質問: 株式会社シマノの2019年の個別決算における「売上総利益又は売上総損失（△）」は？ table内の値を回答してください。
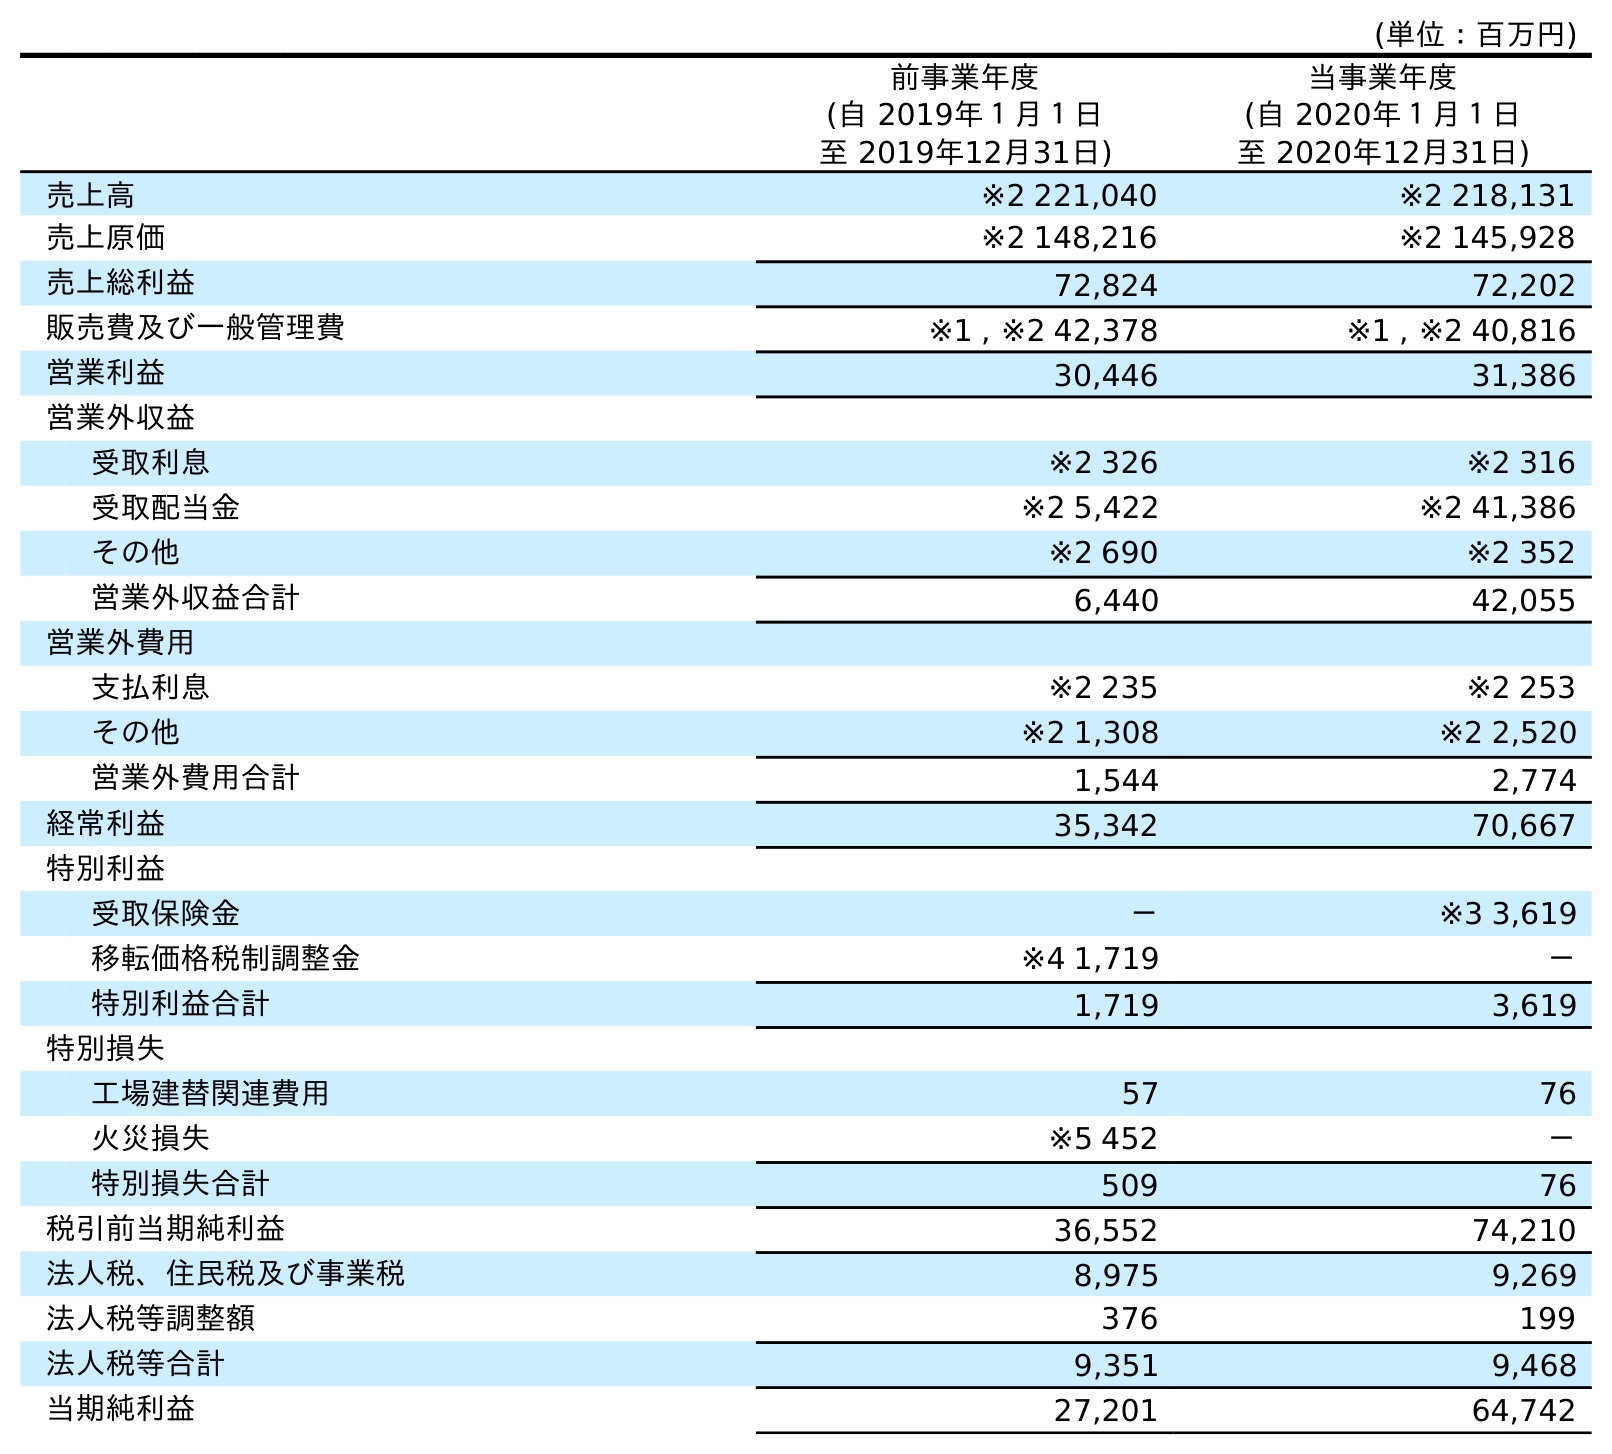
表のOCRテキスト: (単位：百万円) 前事業年度 (自 2019年１月１日 至 2019年12月31日) 当事業年度 (自 2020年１月１日 至 2020年12月31日) 売上高 ※2 221,040 ※2 218,131 売上原価 ※2 148,216 ※2 145,928 売上総利益 72,824 72,202 販売費及び一般管理費 ※1 , ※2 42,378 ※1 , ※2 40,816 営業利益 30,446 31,386 営業外収益 受取利息 ※2 326 ※2 316 受取配当金 ※2 5,422 ※2 41,386 その他 ※2 690 ※2 352 営業外収益合計 6,440 42,055 営業外費用 支払利息 ※2 235 ※2 253 その他 ※2 1,308 ※2 2,520 営業外費用合計 1,544 2,774 経常利益 35,342 70,667 特別利益 受取保険金 － ※3 3,619 移転価格税制調整金 ※4 1,719 － 特別利益合計 1,719 3,619 特別損失 工場建替関連費用 57 76 火災損失 ※5 452 － 特別損失合計 509 76 税引前当期純利益 36,552 74,210 法人税、住民税及び事業税 8,975 9,269 法人税等調整額 376 199 法人税等合計 9,351 9,468 当期純利益 27,201 64,742
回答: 72,824